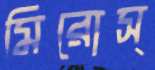
মিরোস্